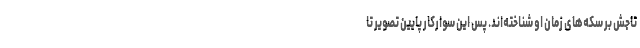
تاجش بر سکه‌های زمان او شناخته‌اند. پس این سوارکار پایین تصویر تا